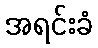
အရင်းခံ